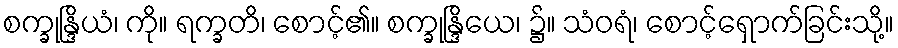
စက္ခုန္ဒြိယံ၊ ကို။ ရက္ခတိ၊ စောင့်၏။ စက္ခုန္ဒြိယေ၊ ၌။ သံဝရံ၊ စောင့်ရှောက်ခြင်းသို့။